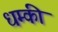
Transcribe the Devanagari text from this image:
धम्की